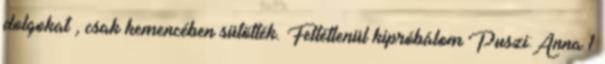
dolgokat , csak kemencében sütötték. Feltétlenül kipróbálom Puszi:Anna 1